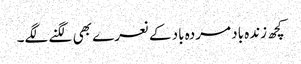
کچھ زندہ باد مردہ باد کے نعرے بھی لگنے لگے۔